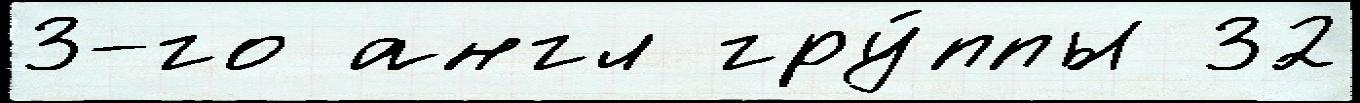
3-го англ гру́ппы 32